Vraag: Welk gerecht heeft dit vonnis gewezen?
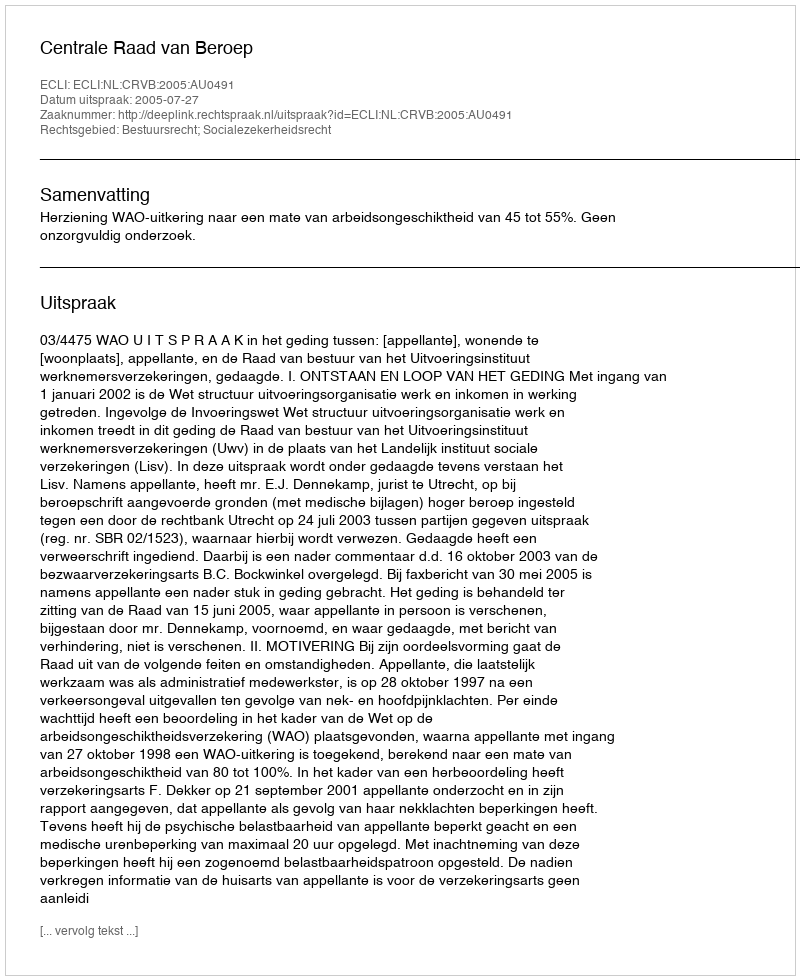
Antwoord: Centrale Raad van Beroep